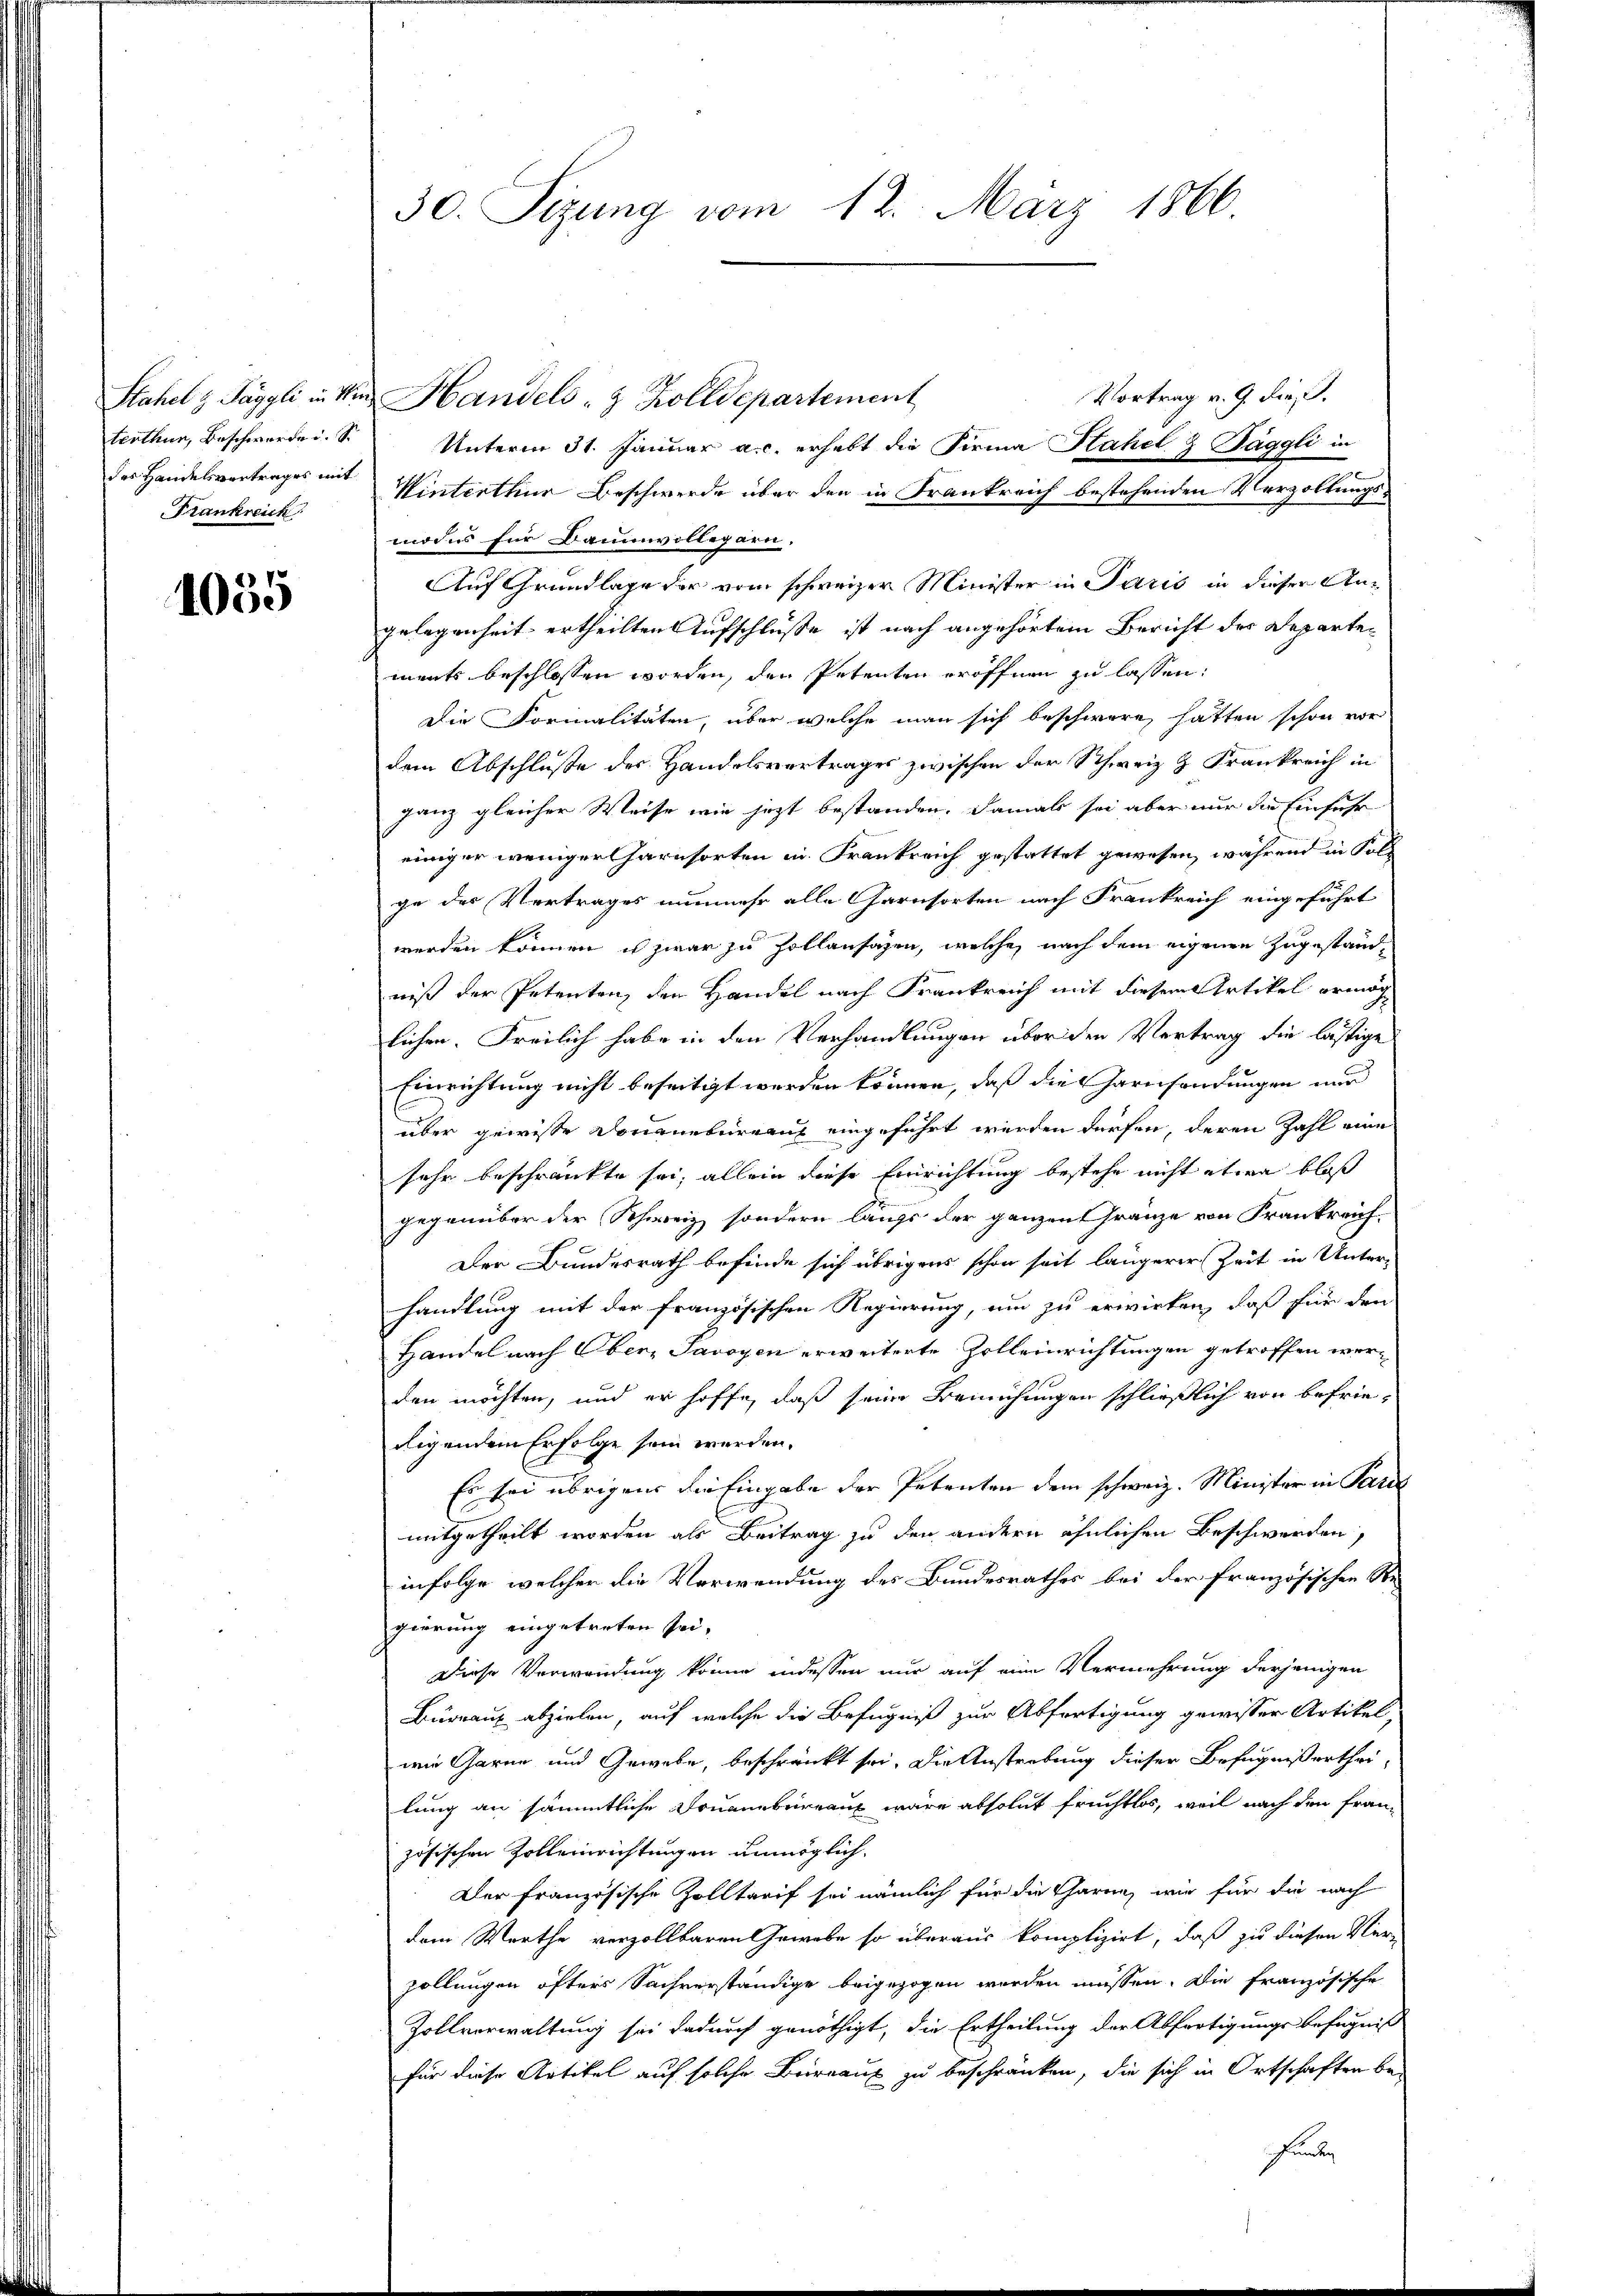
terthun, Beschwerde i. S.
des Handelsvertrages mit
Frankreich

1055

30. Sizung vom 12. März 1866

Vortrag v. 9. dieß.
Stahel & Paggli in die Handels- & Zolldepartement
Unterm 31. Januar a.c. erhebt die Firma Stahel & Jäggli in
Winterthur Beschwerde über den in Frankreich bestehenden Verzoltungs-
modus für Baumvollegarn.
Auf Grundlage der vom schweizer Minister in Paris in dieser Angelegenheit ertheilten Aufschlüsse ist nach angehörtem Bericht des Departements beschlossen worden, den Petenten eröffnen zu lassen:
Die Formalitäten, über welche man sich beschwäre, hatten schon vor
dem Abschluße des Handelsvertrages zwischen der Schweiz & Frankreich in
ganz gleicher Weise wie jezt bestanden. Damals sei aber nur die Einfuhr
einiger weniger Garnsorten in Frankreich gestattet gewesen, während in Folge des Vertrages nunmehr alle Garnsorten nach Frankreich eingeführt
werden können es zwar zu hollansagen, welche nach dem eigenen Zugestandniß der Petenten, den Handel nach Frankreich mit diesem Artikel ermög
lichen. Freilich habe in den Verhandlungen über den Vertrag die lästige
Einrichtung nicht beseitigt werden können, daß die Garnsendungen nur
über gewisse Douanebureau eingeführt werden dürfen, deren Zahl eine
sehr beschränkte sei, allein diese Einrichtung bestehe nicht etwa bloß
gegenüber der Schweiz sondern längs der ganzen Gränze von Frankreich¬
Der Bundesrath befinde sich übrigens schon seit längerer Zeit in Unter-
handlung mit der französischen Regierung, um zu erwirken, daß für den
Handel nach Ober, Savoyen erweiterte Zolleinrichtungen getroffen werden möchten, und er hoffe, daß seine Bemühungen schließlich von befrie-
digendem Erfolge sein werden.
Es sei übrigens die Eingabe der Petenten dem schweiz. Minister in Paris
mitgetheilt worden als Beitrag zu den andern ähnlichen Beschwerden,
infolge, welcher die Verwendung des Bundesrathes bei der französischen Regierung eingetreten sei.
Diese Verwendung könne indessen nur auf eine Vermehrung derjenigen
Büreaux abzielen, auf welche die Befugniß zur Abfertigung gewisser Artikel,
wie Garne und Gewebe, beschränkt sei. Die Anstrebung dieser Befugnißertheilung an sämmtliche Douanebureaux wäre absolut fruchtlos, weil nach den französischen Zolleinrichtungen unmöglich.
Der französische Zolltarif sei nämlich für die Garan, wir für die nach
dem Werthe verzollbaren Gewebe so überaus komplizirt, daß zu diesen Ver-
söllungen öfters Sachverständige beigezogen werden müssen. Die französische
Zollverwaltung sei dadurch genöthigt, die Ertheilung der Abfertigungsbefugniß
für diese Artikel auf solche Beierauf zu beschränken, die sich in Ortschaften befunden